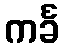
ကင်္ခ